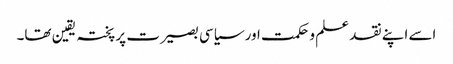
اسے اپنے نقد علم و حکمت اور سیاسی بصیرت پر پختہ یقین تھا۔